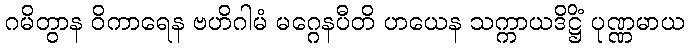
ဂမိတွာန ဝိကာရေန ဗဟိဂါမံ မဂ္ဂေနပီတိ ဟယေန သက္ကာယဒိဋ္ဌိံ ပုဏ္ဏမာယ